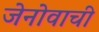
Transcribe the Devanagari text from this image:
जेनोवाची